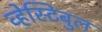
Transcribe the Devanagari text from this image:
व्हेस्टिबुल